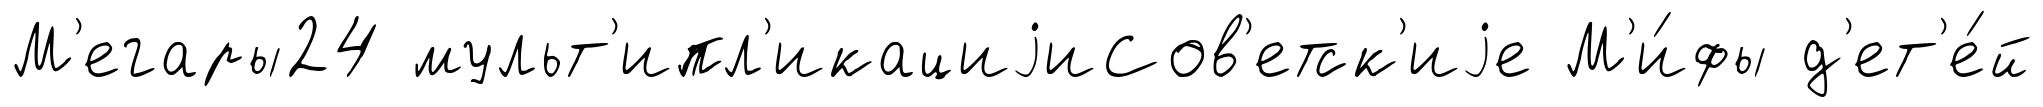
М'егары24 мульт'ипл'икациjиСов'етск'иjе М'и́фы д'ет'е́й